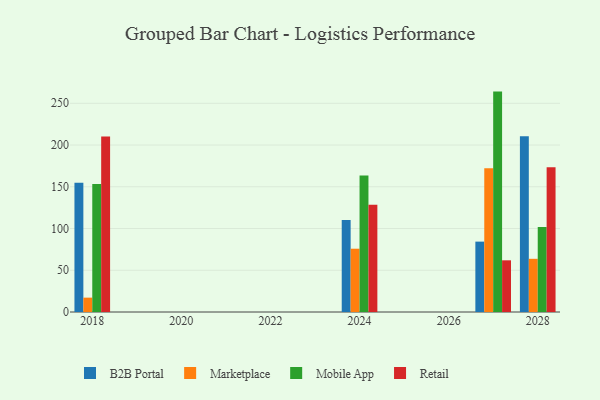
{"axis": {"x": "Year", "y": "Gross Profit (USD K)"}, "legend": ["B2B Portal", "Marketplace", "Mobile App", "Retail"], "data": [{"x": "2018", "y": 154.7, "type": "B2B Portal"}, {"x": "2018", "y": 17.2, "type": "Marketplace"}, {"x": "2018", "y": 153.2, "type": "Mobile App"}, {"x": "2018", "y": 210.2, "type": "Retail"}, {"x": "2024", "y": 110.2, "type": "B2B Portal"}, {"x": "2024", "y": 75.8, "type": "Marketplace"}, {"x": "2024", "y": 163.4, "type": "Mobile App"}, {"x": "2024", "y": 128.6, "type": "Retail"}, {"x": "2027", "y": 84.3, "type": "B2B Portal"}, {"x": "2027", "y": 172.3, "type": "Marketplace"}, {"x": "2027", "y": 264.0, "type": "Mobile App"}, {"x": "2027", "y": 61.9, "type": "Retail"}, {"x": "2028", "y": 210.6, "type": "B2B Portal"}, {"x": "2028", "y": 63.7, "type": "Marketplace"}, {"x": "2028", "y": 101.8, "type": "Mobile App"}, {"x": "2028", "y": 173.4, "type": "Retail"}]}